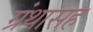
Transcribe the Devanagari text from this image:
ग्रंथासह